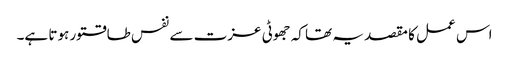
اس عمل کا مقصد یہ تھا کہ جھوٹی عزت سے نفس طاقتور ہوتا ہے۔